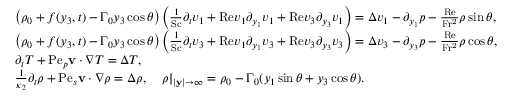
\begin{array} { r l } & { \left( \rho _ { 0 } + f ( y _ { 3 } , t ) - \Gamma _ { 0 } y _ { 3 } \cos \theta \right) \left( \frac { 1 } { \mathrm { S c } } \partial _ { t } v _ { 1 } + \mathrm { R e } v _ { 1 } \partial _ { y _ { 1 } } v _ { 1 } + \mathrm { R e } v _ { 3 } \partial _ { y _ { 3 } } v _ { 1 } \right) = \Delta v _ { 1 } - \partial _ { y _ { 1 } } p - \frac { \mathrm { R e } } { \mathrm { F r ^ { 2 } } } \rho \sin \theta , } \\ & { \left( \rho _ { 0 } + f ( y _ { 3 } , t ) - \Gamma _ { 0 } y _ { 3 } \cos \theta \right) \left( \frac { 1 } { \mathrm { S c } } \partial _ { t } v _ { 3 } + \mathrm { R e } v _ { 1 } \partial _ { y _ { 1 } } v _ { 3 } + \mathrm { R e } v _ { 3 } \partial _ { y _ { 3 } } v _ { 3 } \right) = \Delta v _ { 3 } - \partial _ { y _ { 3 } } p - \frac { \mathrm { R e } } { \mathrm { F r ^ { 2 } } } \rho \cos \theta , } \\ & { \partial _ { t } T + \mathrm { P e } _ { p } \mathbf { v } \cdot \nabla T = \Delta T , } \\ & { \frac { 1 } { \kappa _ { 2 } } \partial _ { t } \rho + \mathrm { P e } _ { s } \mathbf { v } \cdot \nabla \rho = \Delta \rho , \quad \left. \rho \right| _ { | \mathbf { y } | \rightarrow \infty } = \rho _ { 0 } - \Gamma _ { 0 } ( y _ { 1 } \sin \theta + y _ { 3 } \cos \theta ) . } \end{array}